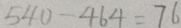
5 4 0 - 4 6 4 = 7 6